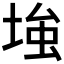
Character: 𡌺